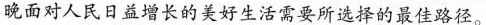
晚面对人民日益增长的美好生活需要所选择的最佳路径。